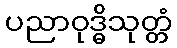
ပညာဝုဒ္ဓိသုတ္တံ